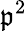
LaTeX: \mathfrak{p}^{2}